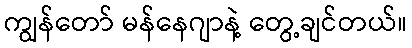
ကျွန်တော် မန်နေဂျာနဲ့ တွေ့ချင်တယ်။